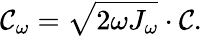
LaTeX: \mathcal{C}_{\omega}=\sqrt{2\omega J_{\omega}}\cdot\mathcal{C}.